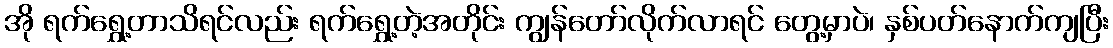
အို ရက်ရွှေ့တာသိရင်လည်း ရက်ရွှေ့တဲ့အတိုင်း ကျွန်တော်လိုက်လာရင် တွေ့မှာပဲ၊ နှစ်ပတ်နောက်ကျပြီး